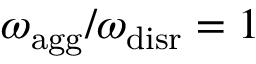
{ \omega _ { \mathrm { a g g } } / \omega _ { \mathrm { d i s r } } = 1 }